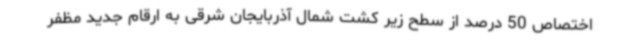
اختصاص 50 درصد از سطح زیر کشت شمال آذربایجان شرقی به ارقام جدید مظفر